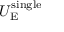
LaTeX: U _ { \mathrm { E } } ^ { \mathrm { s i n g l e } }